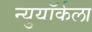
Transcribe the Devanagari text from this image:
न्युयॉर्कला